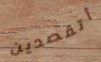
أتقصدين